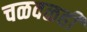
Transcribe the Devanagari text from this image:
चळवळही